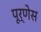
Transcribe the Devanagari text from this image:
पूर्णेस